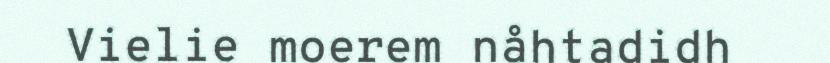
Vielie moerem nåhtadidh